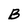
Character: B